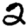
Digit: 2